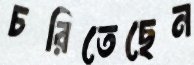
চরিতেছেন